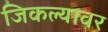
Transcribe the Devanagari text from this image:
जिकल्यावर